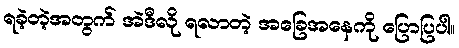
ရခဲ့တဲ့အတွက် အဲဒီလို ရလာတဲ့ အခြေအနေကို ပြောပြပါ။